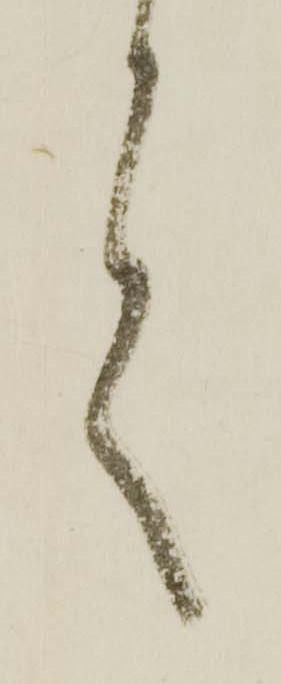
言